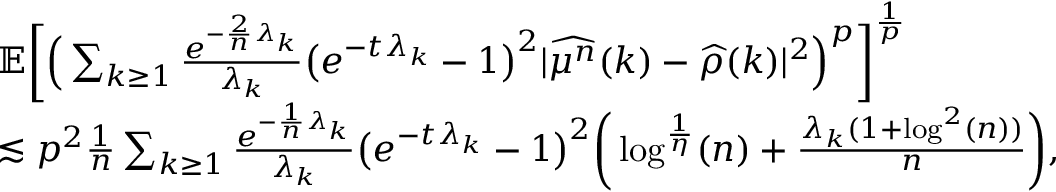
\begin{array} { r l } & { \mathbb { E } \bigg [ \Big ( \sum _ { k \geq 1 } \frac { e ^ { - \frac { 2 } { n } \lambda _ { k } } } { \lambda _ { k } } \big ( e ^ { - t \lambda _ { k } } - 1 \big ) ^ { 2 } \vert \widehat { \mu ^ { n } } ( k ) - \widehat { \rho } ( k ) \vert ^ { 2 } \Big ) ^ { p } \bigg ] ^ { \frac { 1 } { p } } } \\ & { \lesssim p ^ { 2 } \frac { 1 } { n } \sum _ { k \geq 1 } \frac { e ^ { - \frac { 1 } { n } \lambda _ { k } } } { \lambda _ { k } } \big ( e ^ { - t \lambda _ { k } } - 1 \big ) ^ { 2 } \bigg ( \log ^ { \frac { 1 } { \eta } } ( n ) + \frac { \lambda _ { k } ( 1 + \log ^ { 2 } ( n ) ) } { n } \bigg ) , } \end{array}